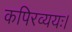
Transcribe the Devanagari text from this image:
कपिरव्ययः।